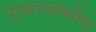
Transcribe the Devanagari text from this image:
सुधारणांकरिता